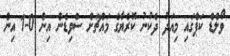
ވޯލްޑް ކަޕްގައި މިއަދު ދެކުނު ކޮރެޔާގެ މައްޗަށް ސްވިޑެން އިން 0-1 އިން